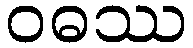
ဝဓဿ